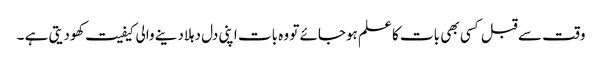
وقت سے قبل کسی بھی بات کا علم ہوجائے تو وہ بات اپنی دل دہلادینے والی کیفیت کھودیتی ہے ۔